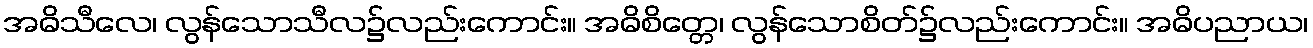
အဓိသီလေ၊ လွန်သောသီလ၌လည်းကောင်း။ အဓိစိတ္တေ၊ လွန်သောစိတ်၌လည်းကောင်း။ အဓိပညာယ၊